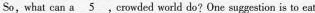
So, what can a \underline{5},crowded world do? One suggestion is to eat